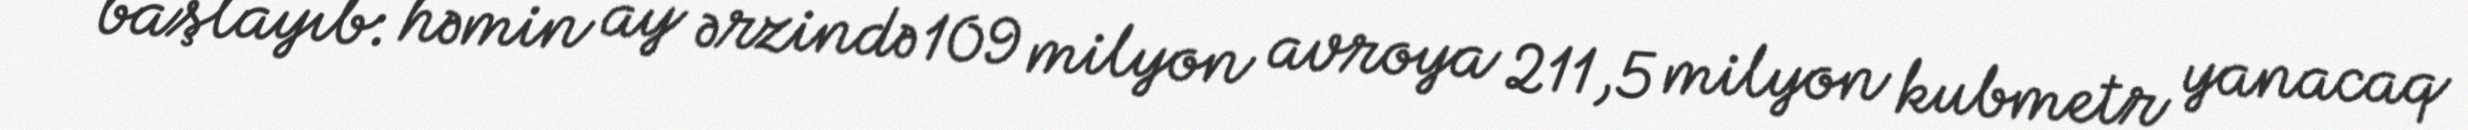
başlayıb: həmin ay ərzində 109 milyon avroya 211,5 milyon kubmetr yanacaq